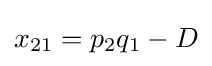
x_{21}=p_{2}q_{1}-D